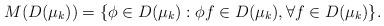
LaTeX: \begin{align*}M(D(\mu_k))= \{\phi \in D(\mu_k): \phi f \in D(\mu_k), \forall f \in D(\mu_k)\}.\end{align*}